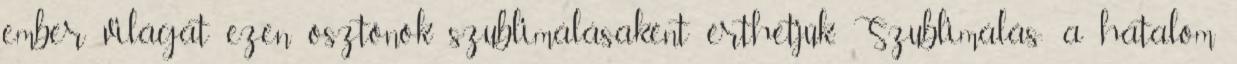
ember világát ezen ösztönök szublimálásaként érthetjük. Szublimálás: a hatalom